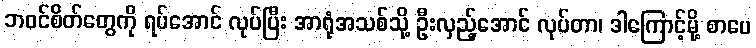
ဘဝင်စိတ်တွေကို ရပ်အောင် လုပ်ပြီး အာရုံအသစ်သို့ ဦးလှည့်အောင် လုပ်တာ၊ ဒါကြောင့်မို့ စာပေ